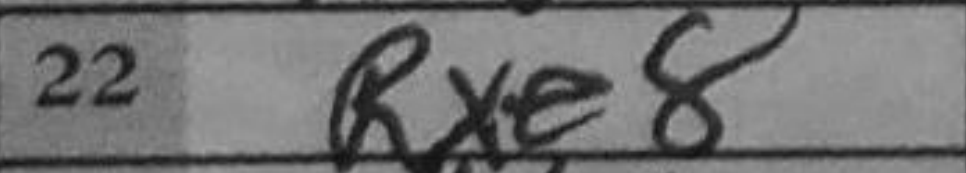
Transcription: Rxe8